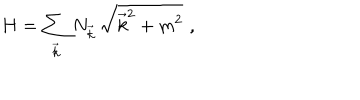
H = \sum _ { \vec { k } } N _ { \vec { k } } \, \sqrt { \vec { k } ^ { 2 } + m ^ { 2 } } \, \, ,